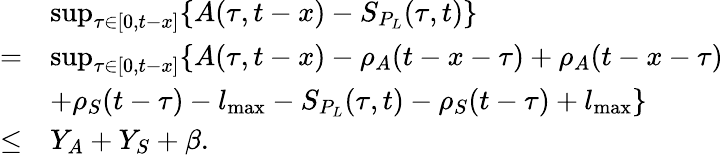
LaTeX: \begin{array}{rl}&{\operatorname*{sup}_{\tau\in[0,t-x]}\{ A(\tau,t-x)-S_{P_{L}}(\tau,t)\} }\\ {=}&{\operatorname*{sup}_{\tau\in[0,t-x]}\{ A(\tau,t-x)-\rho_{A}(t-x-\tau)+\rho_{A}(t-x-\tau)}\\ &{+\rho_{S}(t-\tau)-l_{\operatorname*{max}}-S_{P_{L}}(\tau,t)-\rho_{S}(t-\tau)+l_{\operatorname*{max}}\} }\\ {\le}&{Y_{A}+Y_{S}+\beta.}\end{array}